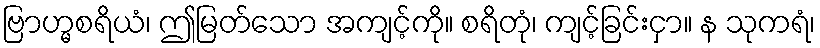
ဗြာဟ္မစရိယံ၊ ဤမြတ်သော အကျင့်ကို။ စရိတုံ၊ ကျင့်ခြင်းငှာ။ န သုကရံ၊